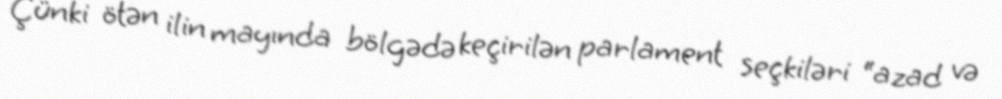
Çünki ötən ilin mayında bölgədə keçirilən parlament seçkiləri “azad və